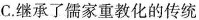
C. 继承了儒家重教化的传统